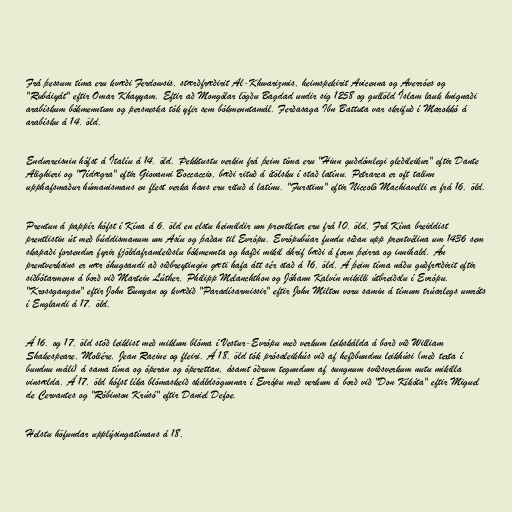
Frá þessum tíma eru kvæði Ferdowsis, stærðfræðirit Al-Khwarizmis, heimspekirit Avicenna og Averróes og
"Rubáiyát" eftir Omar Khayyam. Eftir að Mongólar lögðu Bagdad undir sig 1258 og gullöld Íslam lauk hnignaði
arabískum bókmenntum og persneska tók yfir sem bókmenntamál. Ferðasaga Ibn Battuta var skrifuð í Marokkó á
arabísku á 14. öld.

Endurreisnin hófst á Ítalíu á 14. öld. Þekktustu verkin frá þeim tíma eru "Hinn guðdómlegi gleðileikur" eftir Dante
Alighieri og "Tídægra" eftir Giovanni Boccaccio, bæði rituð á ítölsku í stað latínu. Petrarca er oft talinn
upphafsmaður húmanismans en flest verka hans eru rituð á latínu. "Furstinn" eftir Niccolò Machiavelli er frá 16. öld.

Prentun á pappír hófst í Kína á 6. öld en elstu heimildir um prentletur eru frá 10. öld. Frá Kína breiddist
prentlistin út með búddismanum um Asíu og þaðan til Evrópu. Evrópubúar fundu síðan upp prentvélina um 1436 sem
skapaði forsendur fyrir fjöldaframleiðslu bókmennta og hafði mikil áhrif bæði á form þeirra og innihald. Án
prentverksins er nær óhugsandi að siðbreytingin gæti hafa átt sér stað á 16. öld. Á þeim tíma náðu guðfræðirit eftir
siðbótarmenn á borð við Martein Lúther, Philipp Melanchthon og Jóhann Kalvín mikilli útbreiðslu í Evrópu.
"Krossgangan" eftir John Bunyan og kvæðið "Paradísarmissir" eftir John Milton voru samin á tímum trúarlegs umróts
í Englandi á 17. öld.

Á 16. og 17. öld stóð leiklist með miklum blóma í Vestur-Evrópu með verkum leikskálda á borð við William
Shakespeare, Moliére, Jean Racine og fleiri. Á 18. öld tók prósaleikhús við af hefðbundnu leikhúsi (með texta í
bundnu máli) á sama tíma og óperan og óperettan, ásamt öðrum tegundum af sungnum sviðsverkum nutu mikilla
vinsælda. Á 17. öld hófst líka blómaskeið skáldsögunnar í Evrópu með verkum á borð við "Don Kíkóta" eftir Miguel
de Cervantes og "Róbinson Krúsó" eftir Daniel Defoe.

Helstu höfundar upplýsingatímans á 18.